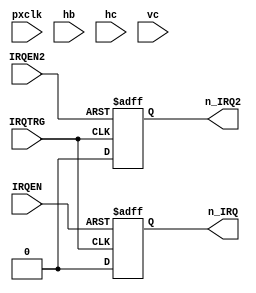
//=======================================================
// FPGA mappy vector handler
/* Copyright (c) 2022, madov
All rights reserved.

Redistribution and use in source and binary forms, with or without
modification, are permitted provided that the following conditions are met:

1. Redistributions of source code must retain the above copyright notice, this
   list of conditions and the following disclaimer.

2. Redistributions in binary form must reproduce the above copyright notice,
   this list of conditions and the following disclaimer in the documentation
   and/or other materials provided with the distribution.

3. Neither the name of the copyright holder nor the names of its
   contributors may be used to endorse or promote products derived from
   this software without specific prior written permission.

THIS SOFTWARE IS PROVIDED BY THE COPYRIGHT HOLDERS AND CONTRIBUTORS "AS IS"
AND ANY EXPRESS OR IMPLIED WARRANTIES, INCLUDING, BUT NOT LIMITED TO, THE
IMPLIED WARRANTIES OF MERCHANTABILITY AND FITNESS FOR A PARTICULAR PURPOSE ARE
DISCLAIMED. IN NO EVENT SHALL THE COPYRIGHT HOLDER OR CONTRIBUTORS BE LIABLE
FOR ANY DIRECT, INDIRECT, INCIDENTAL, SPECIAL, EXEMPLARY, OR CONSEQUENTIAL
DAMAGES (INCLUDING, BUT NOT LIMITED TO, PROCUREMENT OF SUBSTITUTE GOODS OR
SERVICES; LOSS OF USE, DATA, OR PROFITS; OR BUSINESS INTERRUPTION) HOWEVER
CAUSED AND ON ANY THEORY OF LIABILITY, WHETHER IN CONTRACT, STRICT LIABILITY,
OR TORT (INCLUDING NEGLIGENCE OR OTHERWISE) ARISING IN ANY WAY OUT OF THE USE
OF THIS SOFTWARE, EVEN IF ADVISED OF THE POSSIBILITY OF SUCH DAMAGE.

*/

//=======================================================


module dru_irq( 
    input wire IRQEN, IRQEN2, 
    input wire IRQTRG, 
    output wire n_IRQ, n_IRQ2,
    
    input wire pxclk,
    input wire hb,
    input wire [8:0]hc,
    input wire [8:0]vc
   
   );

	reg irq_latch,irq_latch2;

    always @(posedge IRQTRG or negedge IRQEN)
    //always @(posedge pxclk or negedge IRQEN)
 
	begin
		if(IRQEN==0)
			irq_latch = 1'b1;
		else
         //   if (hb && (hc[6:0]==7'h28) && (vc == 240) )
                irq_latch = 1'b0;
            
        end
	
	
    always @(posedge IRQTRG or negedge IRQEN2)
    //always @(posedge pxclk or negedge IRQEN2)
       
	begin
		if (IRQEN2==0)
			irq_latch2 = 1'b1;
		else
      //      if (hb && (hc[6:0]==7'h28) && (vc == 240) )
                irq_latch2 = 1'b0;
	end  

assign n_IRQ = irq_latch;
assign n_IRQ2 = irq_latch2;
	

endmodule